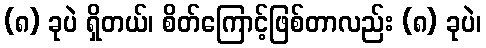
(၈) ခုပဲ ရှိတယ်၊ စိတ်ကြောင့်ဖြစ်တာလည်း (၈) ခုပဲ၊